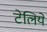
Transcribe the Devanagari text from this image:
टेलिये